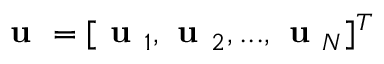
\textbf { u } = [ \textbf { u } _ { 1 } , \textbf { u } _ { 2 } , . . . , \textbf { u } _ { N } ] ^ { T }